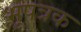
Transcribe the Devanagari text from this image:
भूपत्रक